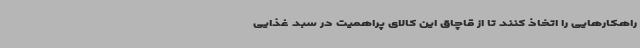
راهکارهایی را اتخاذ کنند تا از قاچاق این کالای پراهمیت در سبد غذایی